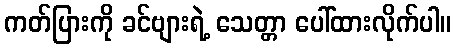
ကတ်ပြားကို ခင်ဗျားရဲ့ သေတ္တာ ပေါ်ထားလိုက်ပါ။